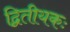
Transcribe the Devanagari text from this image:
द्वितीयकः